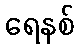
ရေနစ်